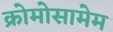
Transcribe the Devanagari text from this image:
क्रोमोसामेम